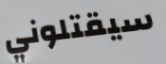
سيقتلوني